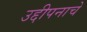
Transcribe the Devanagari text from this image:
उद्दीपनाचे